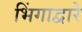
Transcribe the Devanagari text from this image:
भिंगाद्वारे